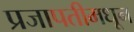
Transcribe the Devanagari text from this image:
प्रजापतीमधून